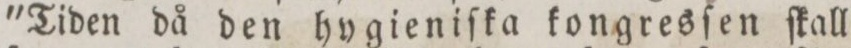
'Tiden då den hygieniſka kongresſen ſkall